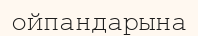
ойпандарына